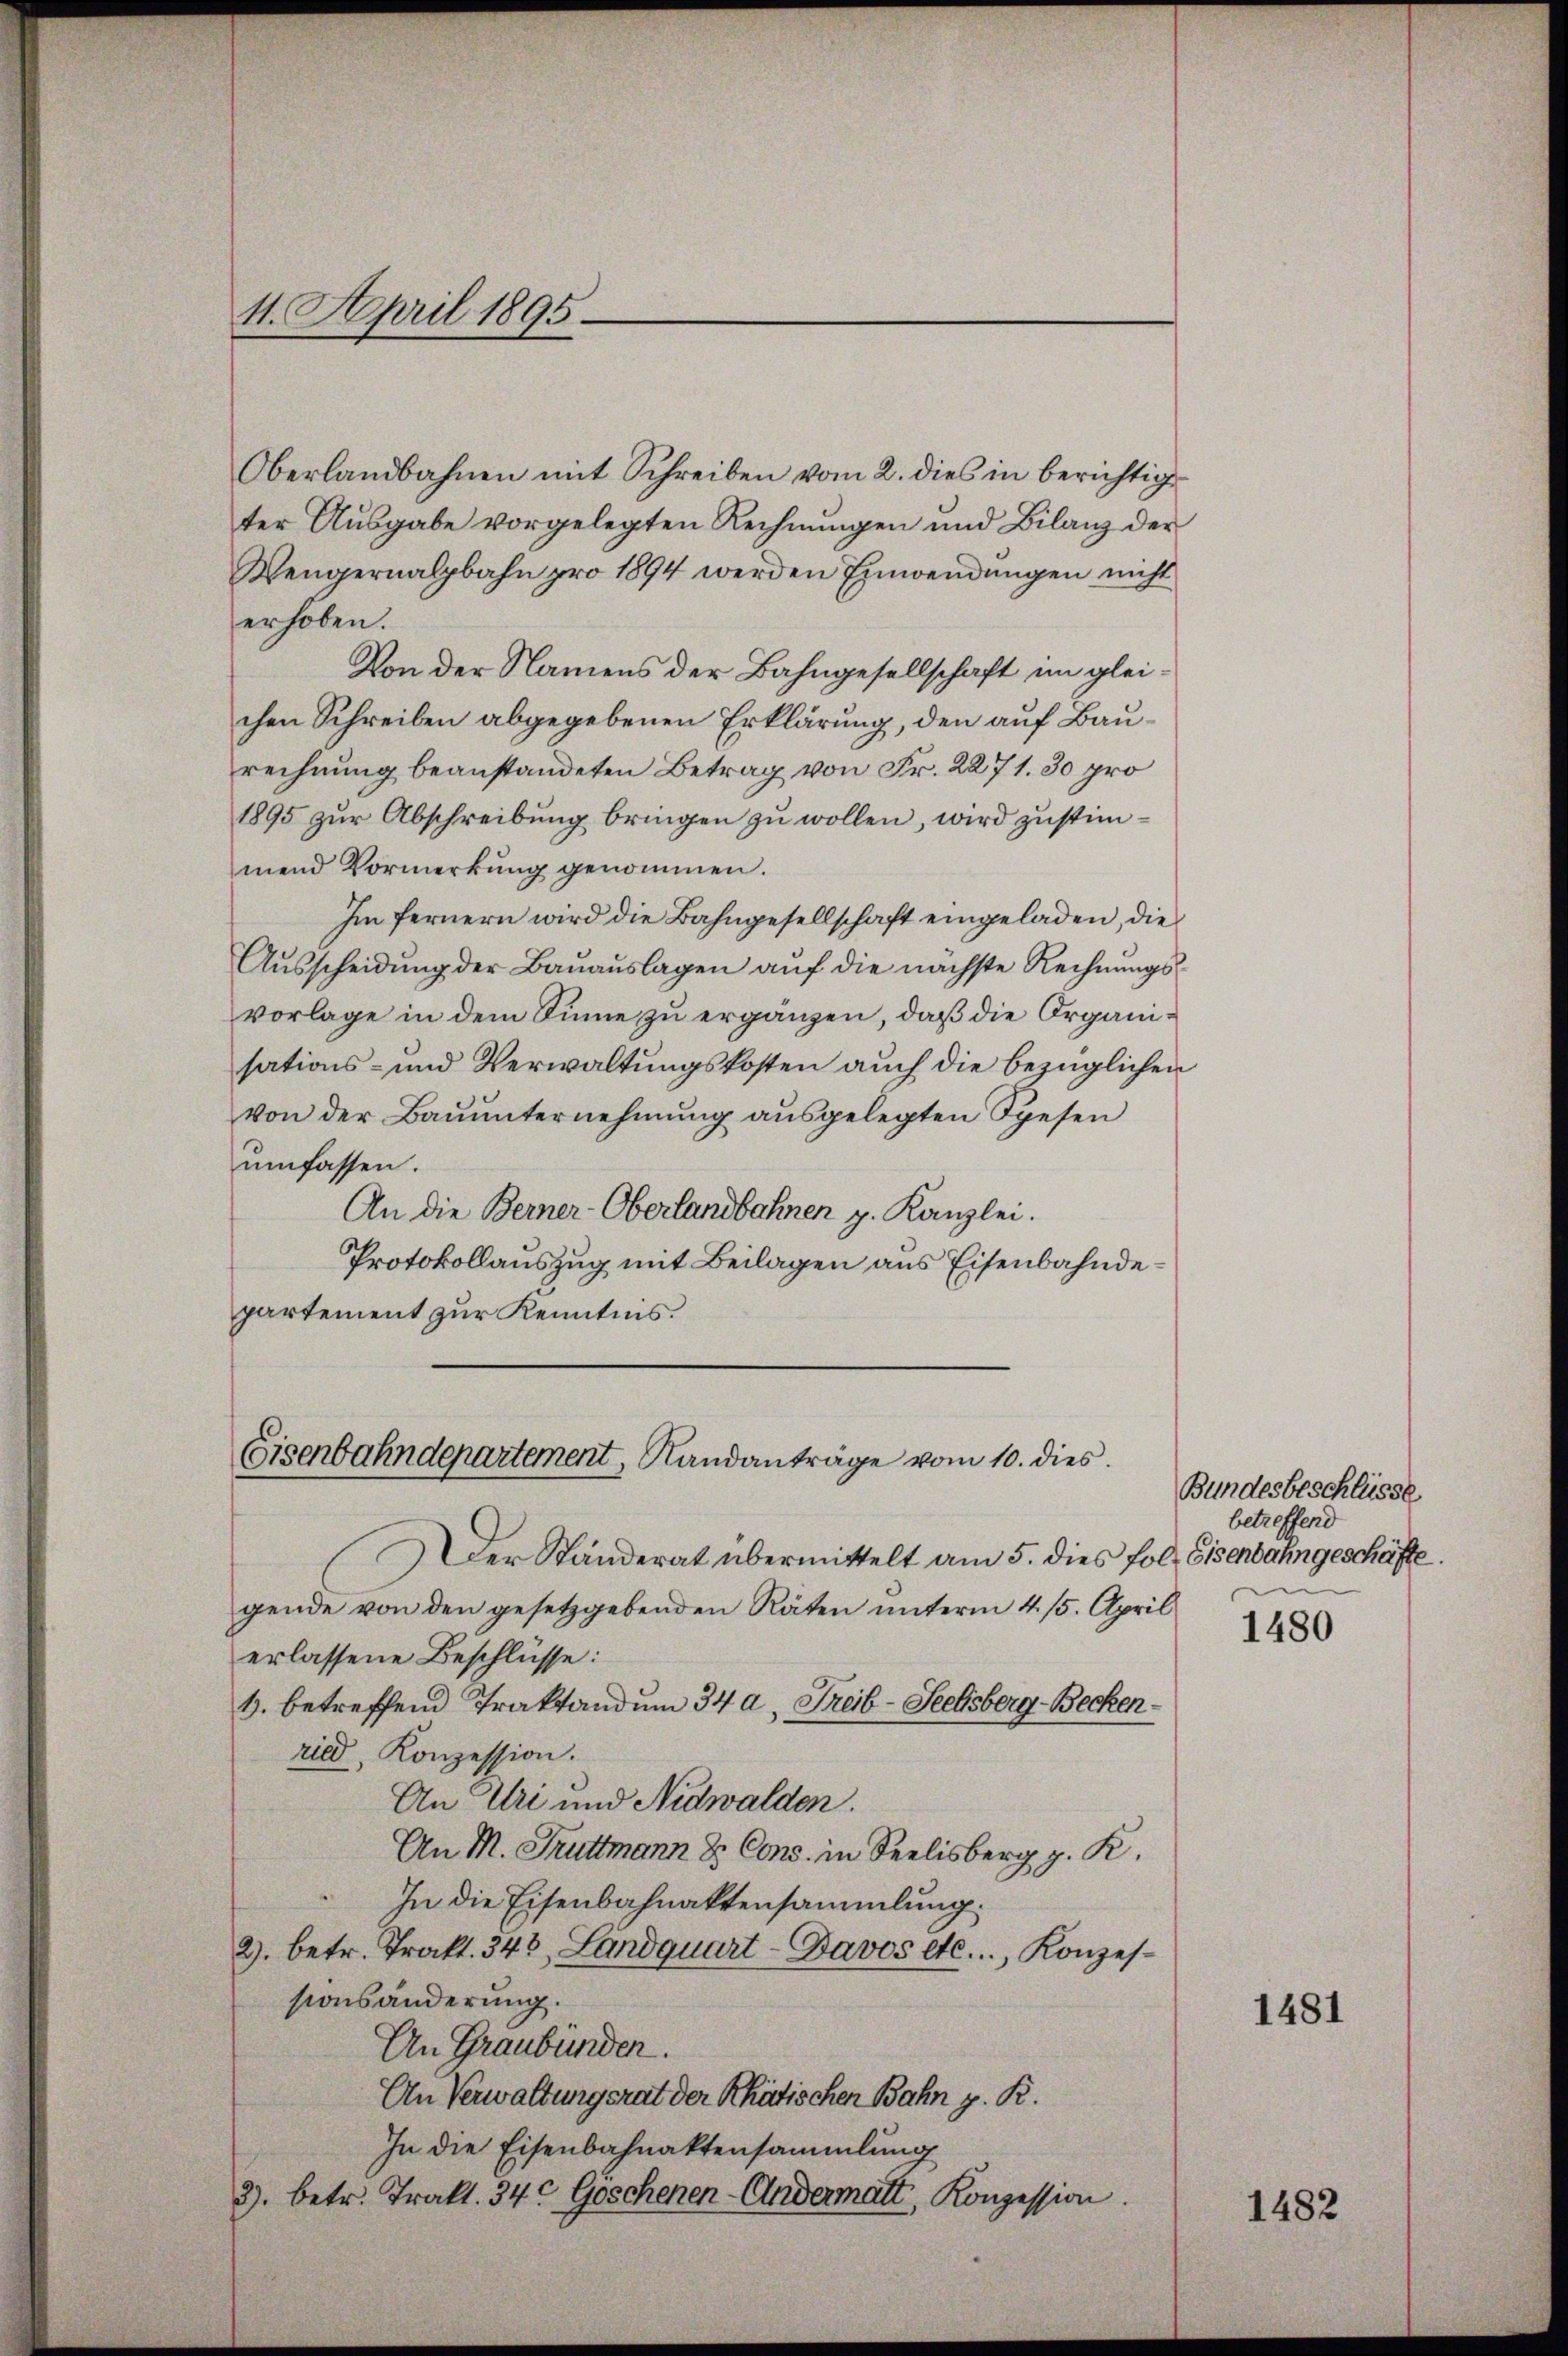
4. April 1895.

Oberlandbahnen mit Schreiben vom 2. dies in berichtige
ter Ausgabe vorgelegten Rechnungen und Bilanz der
Vengernalpbahn pro 1894 werden Einwendungen nicht
erhoben.
Von der Namens der Bahngesellschaft im gleichen Schreiben abgegebenen Erklärung, den auf Baurechnung beanstandeten Betrag von Fr. 2271. 30 pro
1895 zur Abschreibung bringen zu wollen, wird zustimmend Vormerkung genommen.
Im fernern wird die Bahngesellschaft eingeladen, die
Ausscheidung der Bauauslagen auf die nächste Rechnungsvorlage in dem Sinne zu ergänzen, daß die Organisations- und Verwaltungskosten auch die bezüglichen
von der Baŭŭnternehmung ausgelegten Spesen
umfassen.
An die Berner-Oberlandbahnen z. Kanzlei.
Protokollauszug mit Beilagen aus Eisenbahndepartement zur Kenntnis.

Eisenbahndepartement, Randanträge vom 10. dies

Der Ständerat übermittelt am 5. dies fol. Eisenbahngeschäfte.
gende von den gesetzgebenden Räten unterm 4. 15. April
erlassene Beschlüsse:
1. betreffend Traktandum 34 a. Freib-Seelsberg - Beckenried, Konzession.
An Uri und Nidwalden.
An M. Truttmann z. Cons. in Seelisberg p. K.
In die Eisenbahnaktensammlung.
2. betr. Trakt. 343, Landquart-Davos etc., Konzessionsänderung.
An Graubünden.
An Verwaltungsrat der Rhätischen Bahn z. R.
In die Eisenbahnaktensammlung
2). betr. Trakt. 340 Göschenen-Andermatt, Konzession.

Bundesbeschlüsse
betreffend

1480

1481

1482